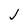
Character: J